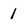
Character: 1